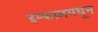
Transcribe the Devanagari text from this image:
इम्फालमधून